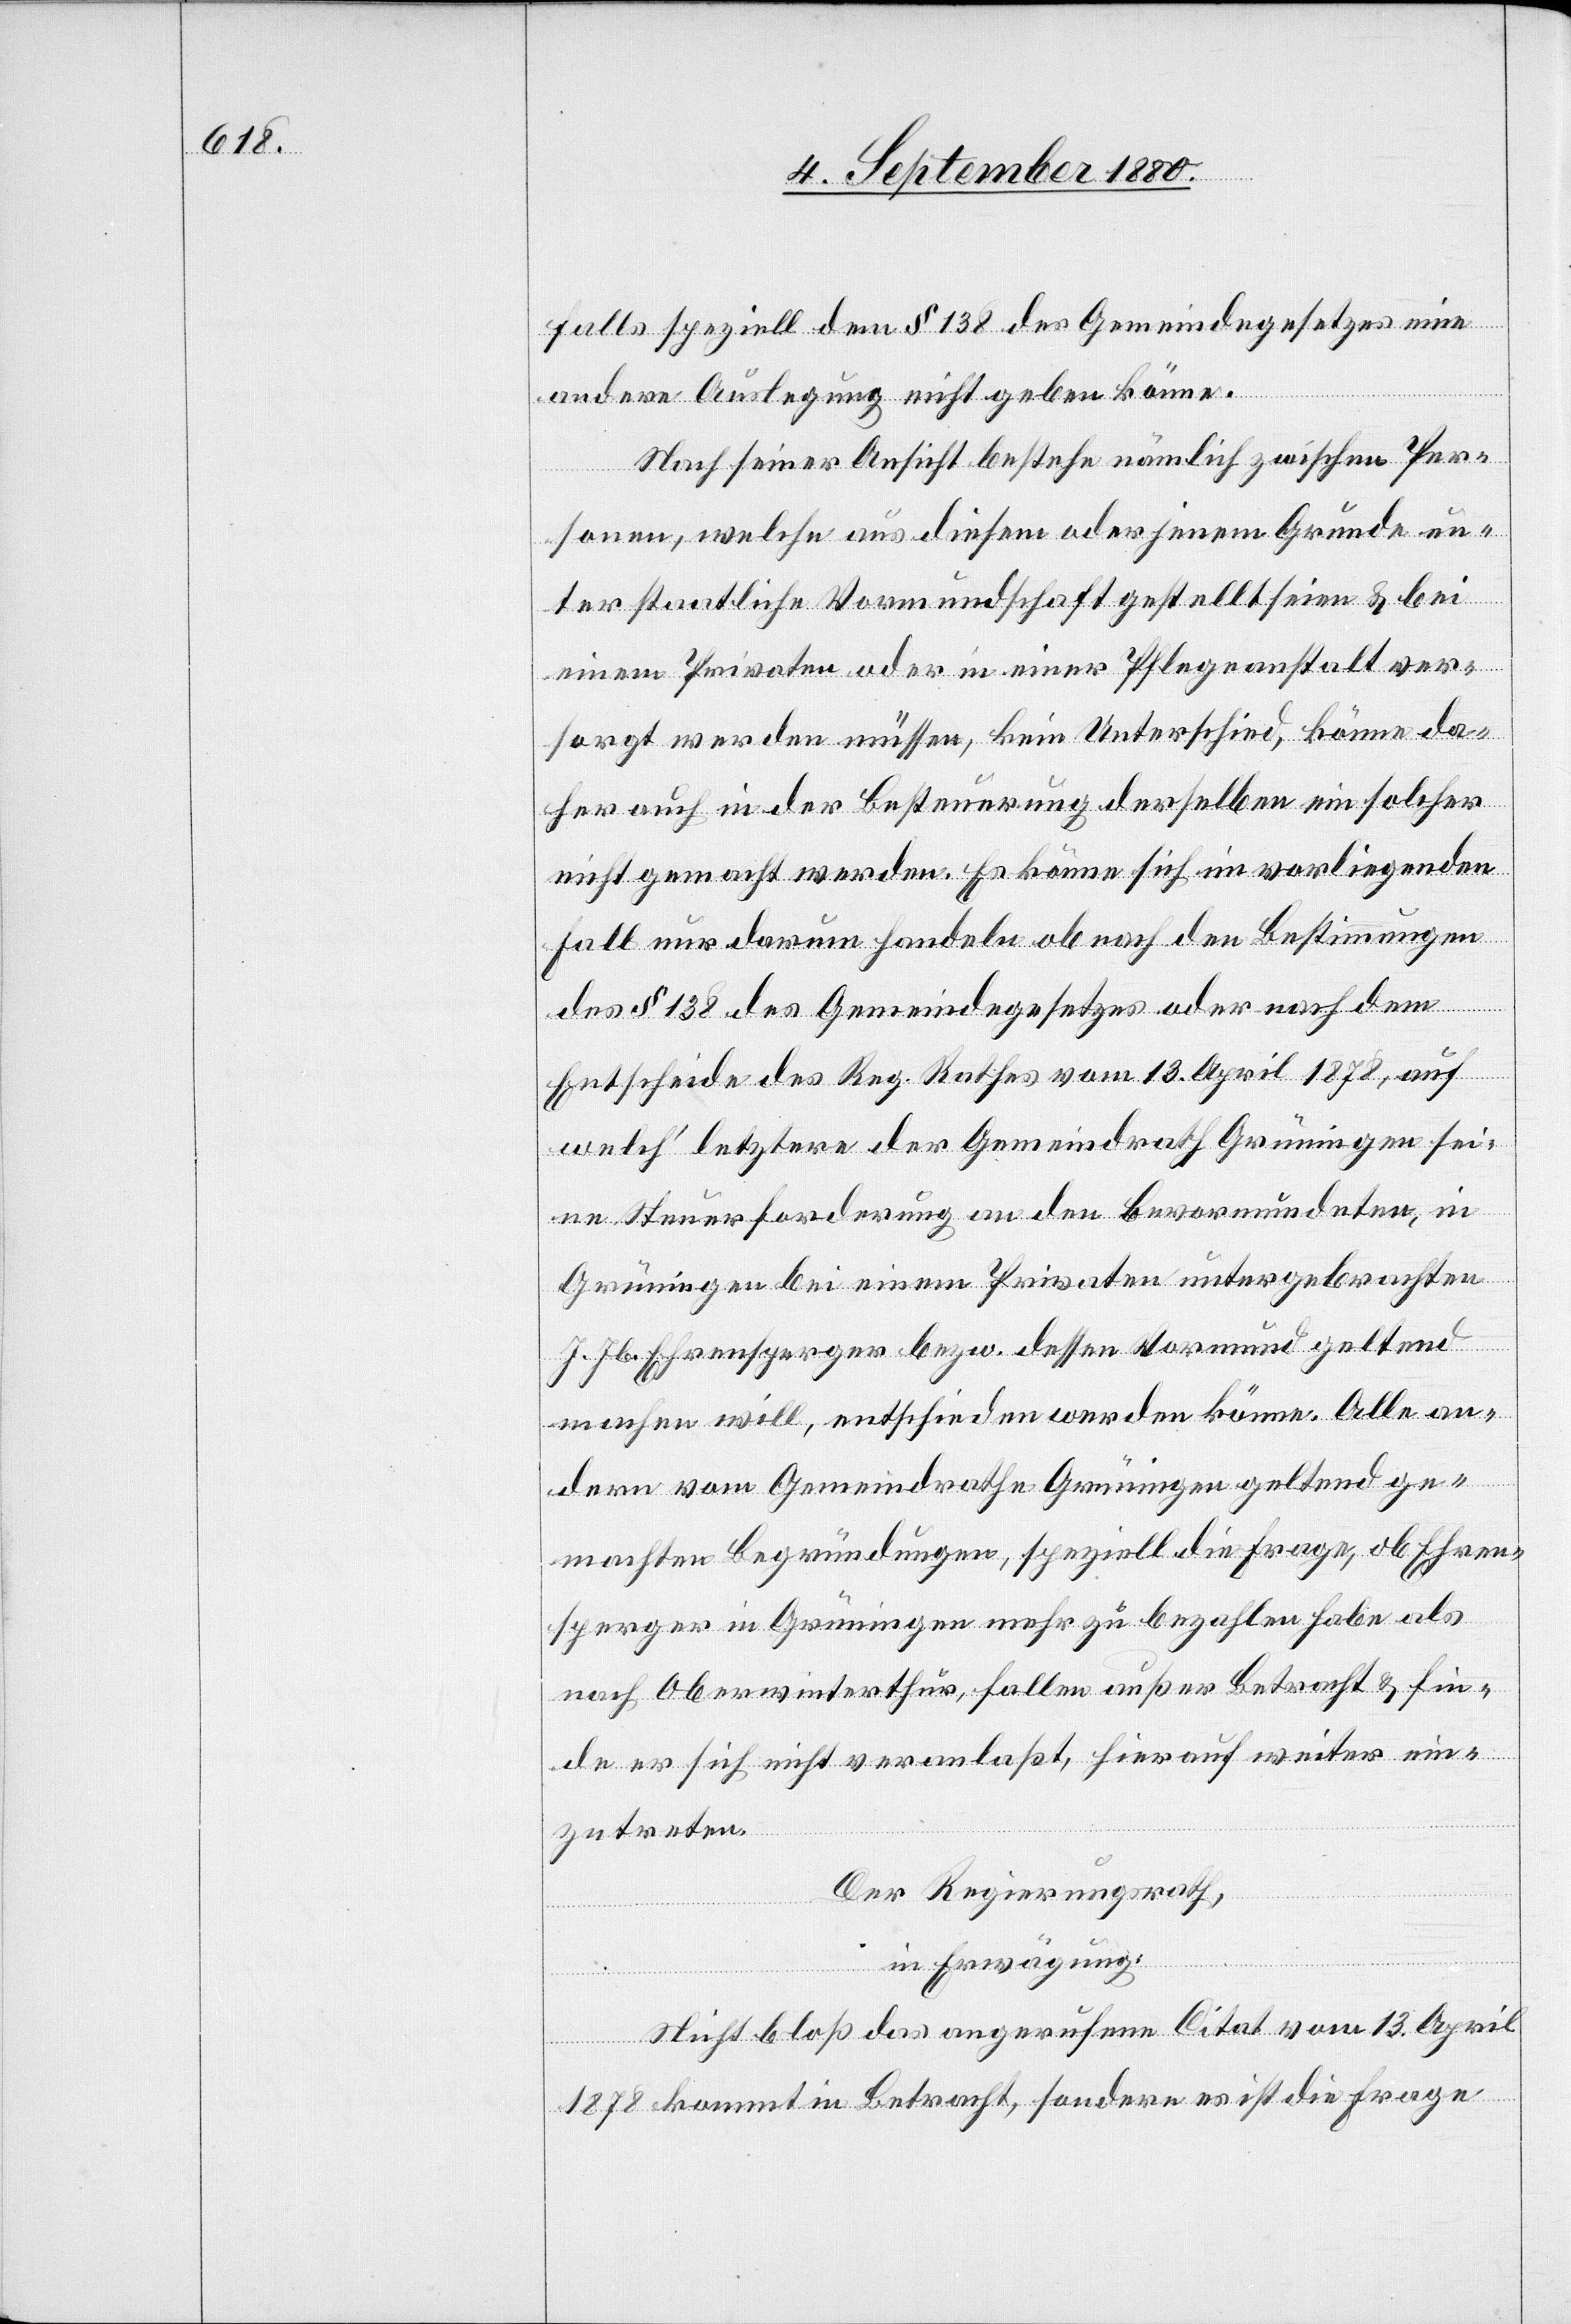
falls speziell den § 138 des Gemeindegesetzes eine
andere Auslegung nicht geben könne.
Nach seiner Ansicht bestehe nämlich zwischen Per¬
sonen, welche aus diesem oder jenem Grunde un¬
ter staatliche Vormundschaft gestellt seien & bei
einem Privaten oder in einer Pflegeanstalt ver¬
sorgt werden müssen, kein Unterschied, könne da¬
her auch in der Besteuerung derselben ein solcher
nicht gemacht werden. Es könne sich im vorliegenden
Fall nur darum handeln ob nach den Bestimmungen
des § 138 des Gemeindegesetzes oder nach dem
Entscheide des Reg. Rathes vom 13. April 1878, auf
welch’letztere der Gemeinderath Grüningen sei¬
ne Steuerforderung an den Bevormundeten, in
Grüngingen bei einem Privaten untergebrachten
J. Jb. Ehrensperger bezw. dessen Vormund geltend
machen will, entschieden werden könne. Alle an¬
dern vom Gemeindrathe Grüningen geltend ge¬
machten Begründungen, speziell die Frage, ob Ehren¬
sperger in Grüningen mehr zu bezahlen habe als
nach Oberwinterthur, fallen außer Betracht & fin¬
de er sich nicht veranlaßt, hierauf weiter ein¬
zutreten.
Der Regierungsrath,
in Erwägung:
Nicht bloß das angerufene Citat vom 13. April
1878 kommt in Betracht, sondern es ist die Frage